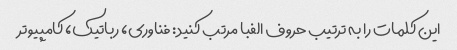
این کلمات را به ترتیب حروف الفبا مرتب کنید: فناوری، رباتیک، کامپیوتر